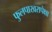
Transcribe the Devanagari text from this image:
फुलपाखरापेक्षा